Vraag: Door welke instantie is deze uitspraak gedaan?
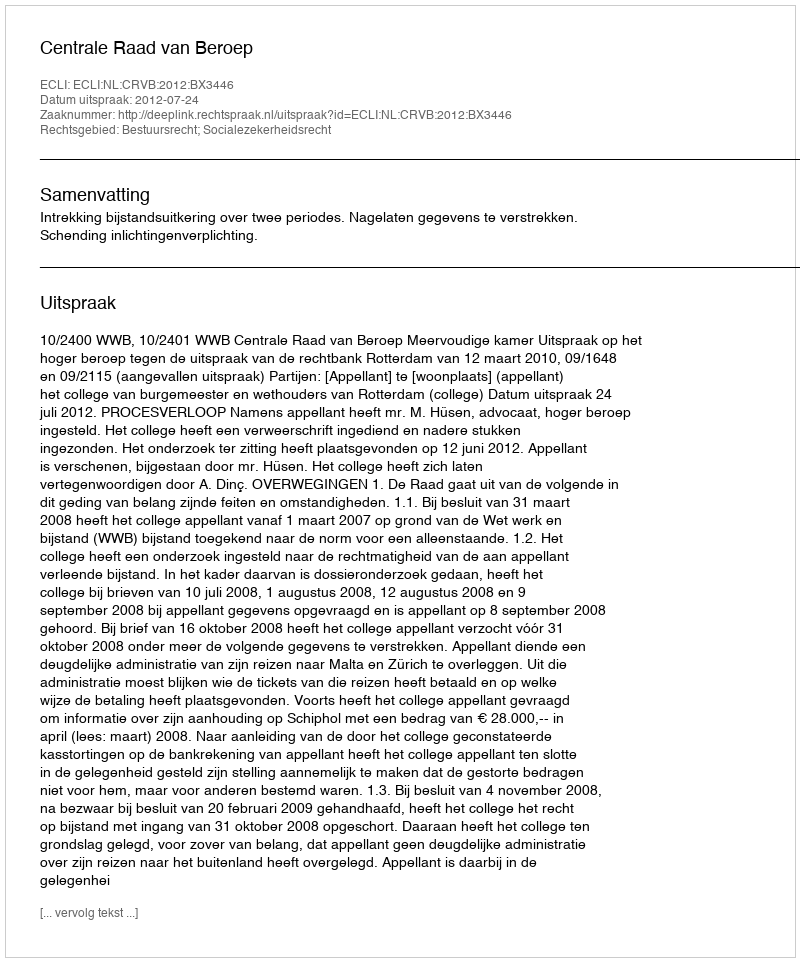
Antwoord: Centrale Raad van Beroep